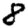
Digit: 8